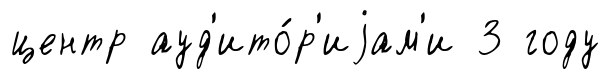
центр ауд'ито́р'иjам'и 3 году